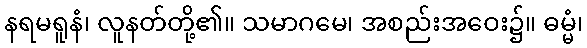
နရမရူနံ၊ လူနတ်တို့၏။ သမာဂမေ၊ အစည်းအဝေး၌။ ဓမ္မံ၊